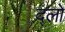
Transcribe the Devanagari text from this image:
द्लो